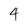
Character: 4